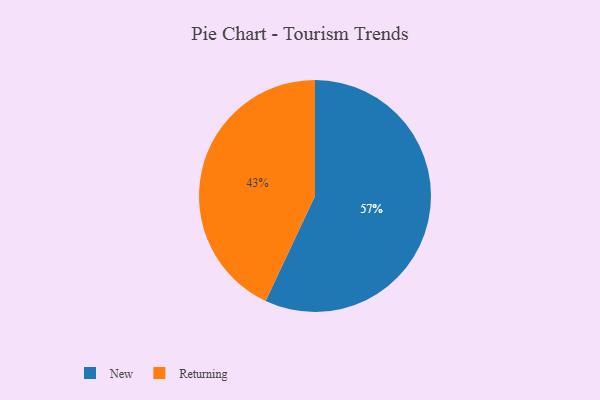
{"axis": {"x": "Category", "y": "Percentage"}, "legend": ["New", "Returning"], "data": [{"x": "Returning", "y": 43, "type": "Returning"}, {"x": "New", "y": 57, "type": "New"}]}